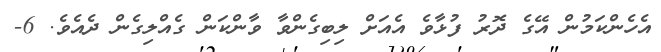
އެހެންކަމުން އޭގެ ދޮރު ފުޅާވެ އެއަށް ލިބިގެންވާ ވާންކަން ގެއްލިގެން ދެއެވެ. 6-